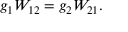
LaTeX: g _ { 1 } W _ { 1 2 } = g _ { 2 } W _ { 2 1 } .